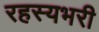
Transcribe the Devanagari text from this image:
रहस्यभरी